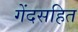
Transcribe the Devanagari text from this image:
गेंदसहित